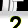
Digit: 2